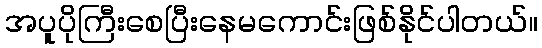
အပူပိုကြီးစေပြီးနေမကောင်းဖြစ်နိုင်ပါတယ်။